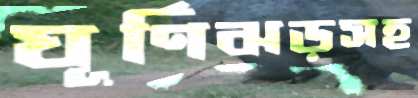
ঘূর্ণিঝড়সহ